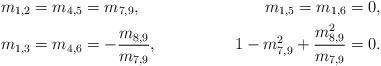
LaTeX: \begin{align*}m_{1,2}=m_{4,5}&=m_{7,9},&m_{1,5}=m_{1,6}&=0,\\m_{1,3}=m_{4,6}&=-\frac{m_{8,9}}{m_{7,9}},&1-m_{7,9}^{2}+\frac{m_{8,9}^{2}}{m_{7,9}}&=0.\end{align*}